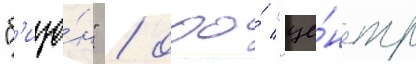
"б'изо́н" / ооо́ "це́нтр